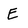
Character: E